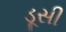
ડૂસી